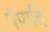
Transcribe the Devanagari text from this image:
पंपादि